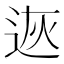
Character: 𨒭